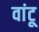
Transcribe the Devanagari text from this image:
वांटू